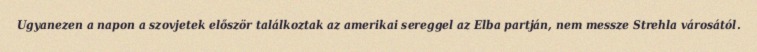
Ugyanezen a napon a szovjetek először találkoztak az amerikai sereggel az Elba partján, nem messze Strehla városától.